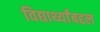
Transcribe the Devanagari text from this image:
विद्यार्थ्यांबद्दल